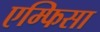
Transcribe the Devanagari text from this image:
एम्फिसा